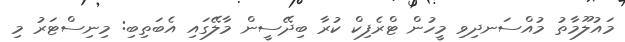
މައުލޫމާތު މުއްސަނދިވި މީހުން ޓްރެފިކް ކުރާ ބިދޭސީން މާލޭގައި އެބަތިބި: މިނިސްޓަރު މި